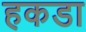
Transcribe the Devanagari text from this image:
हकडा